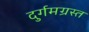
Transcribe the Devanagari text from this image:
दुर्गमग्रस्त